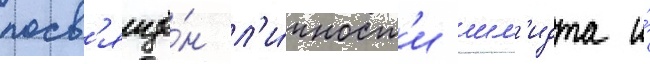
посв'ящё́н л'и́чност'и шм'идта и́